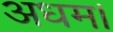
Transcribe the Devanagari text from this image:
अधम।